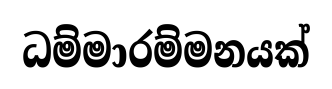
ධම්මාරම්මනයක්